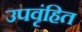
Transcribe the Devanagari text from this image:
उपवृंहित